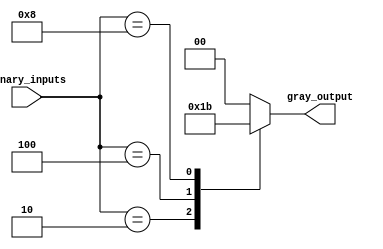
module gray_priority_encoder(
    input [3:0] binary_inputs,
    output reg [1:0] gray_output
);

always @*
begin
    case(binary_inputs)
        4'b0001: gray_output = 2'b00;
        4'b0010: gray_output = 2'b01;
        4'b0100: gray_output = 2'b10;
        4'b1000: gray_output = 2'b11;
        default: gray_output = 2'b00;
    endcase
end

endmodule